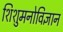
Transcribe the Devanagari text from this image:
शिशुमनोविज्ञान